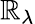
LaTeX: \mathbb{R}_{\lambda}